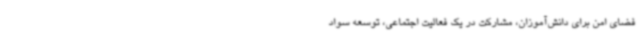
فضای امن برای دانش‌آموزان، مشارکت در یک فعالیت اجتماعی، توسعه سواد